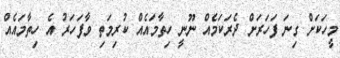
މީހަކަށް ގިނަ ފަހަރަށް ދެރަކަމެއް ނޫނީ ހިތާމައެއް ކުރިމަތި ވާފަހަރު އެ ހިތާމައެއް